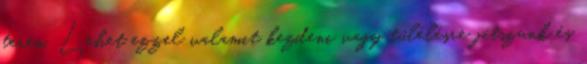
terén. Lehet ezzel valamit kezdeni vagy túlélésre játszunk és